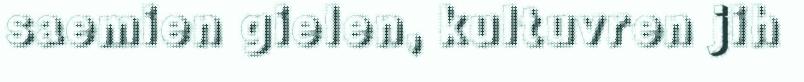
saemien gielen, kultuvren jih